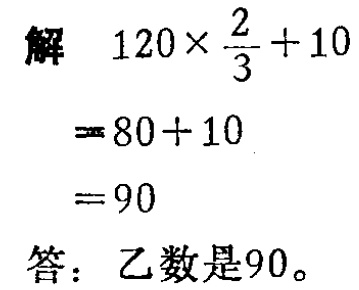
解

\[

\begin{align*}

&120\times\frac{2}{3}+10\\

=&80 + 10\\

=&90

\end{align*}

\]

答：乙数是90。